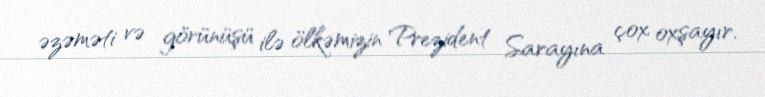
əzəməti və görünüşü ilə ölkəmizin Prezident Sarayına çox oxşayır.